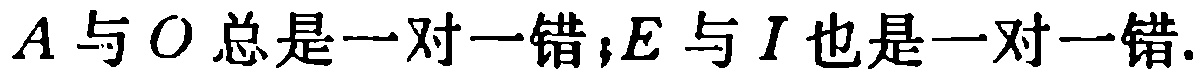
$A与O总是一对一错;E与I也是一对一错.$